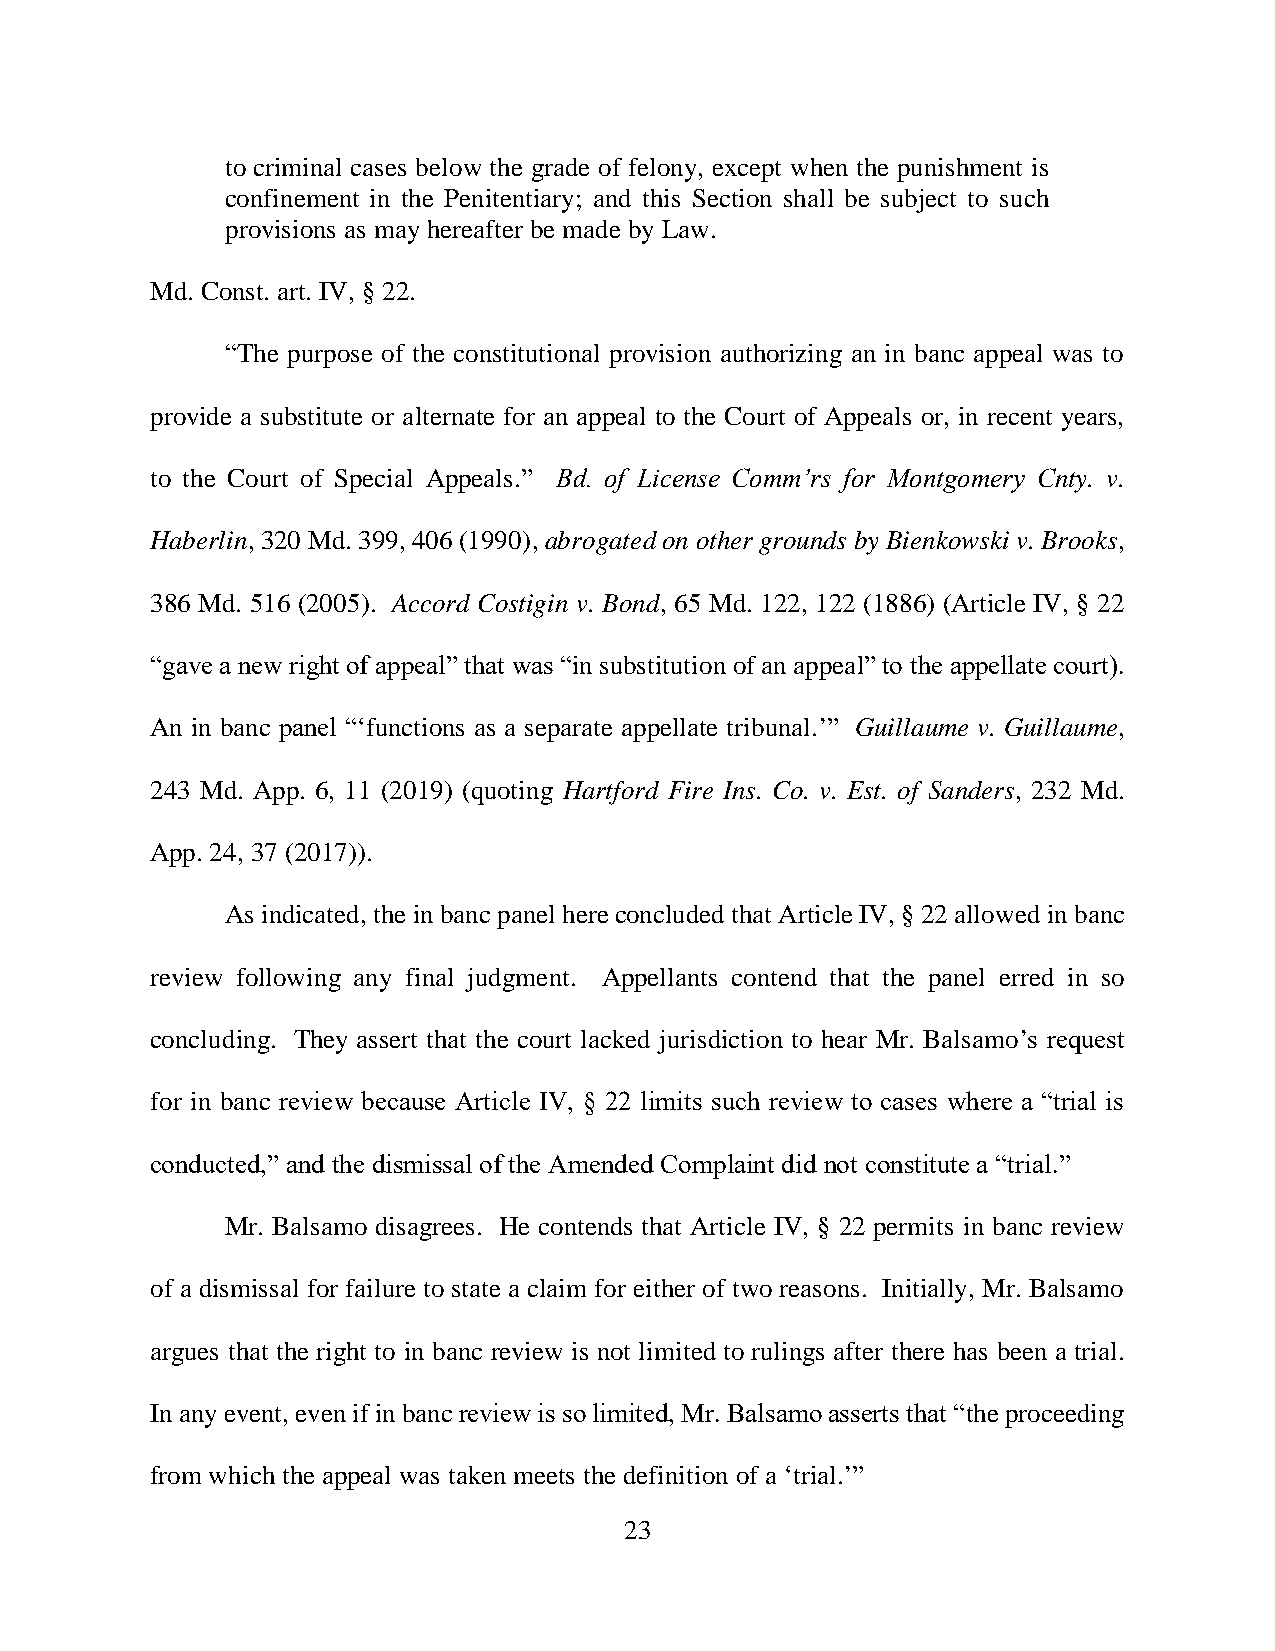
to criminal cases below the grade of felony, except when the punishment is
 confinement in the Penitentiary; and this Section shall be subject to such
 provisions as may hereafter be made by Law.
 Md. Const. art. IV, § 22.
 “The purpose of the constitutional provision authorizing an in banc appeal was to
 provide a substitute or alternate for an appeal to the Court of Appeals or, in recent years,
 to the Court of Special Appeals.” Bd. of License Comm’rs for Montgomery Cnty. v.
 Haberlin, 320 Md. 399, 406 (1990), abrogated on other grounds by Bienkowski v. Brooks,
 386 Md. 516 (2005). Accord Costigin v. Bond, 65 Md. 122, 122 (1886) (Article IV, § 22
 “gave a new right of appeal” that was “in substitution of an appeal” to the appellate court).
 An in banc panel “‘functions as a separate appellate tribunal.’” Guillaume v. Guillaume,
 243 Md. App. 6, 11 (2019) (quoting Hartford Fire Ins. Co. v. Est. of Sanders, 232 Md.
 App. 24, 37 (2017)).
 As indicated, the in banc panel here concluded that Article IV, § 22 allowed in banc
 review following any final judgment. Appellants contend that the panel erred in so
 concluding. They assert that the court lacked jurisdiction to hear Mr. Balsamo’s request
 for in banc review because Article IV, § 22 limits such review to cases where a “trial is
 conducted,” and the dismissal of the Amended Complaint did not constitute a “trial.”
 Mr. Balsamo disagrees. He contends that Article IV, § 22 permits in banc review
 of a dismissal for failure to state a claim for either of two reasons. Initially, Mr. Balsamo
 argues that the right to in banc review is not limited to rulings after there has been a trial.
 In any event, even if in banc review is so limited, Mr. Balsamo asserts that “the proceeding
 from which the appeal was taken meets the definition of a ‘trial.’”
 23